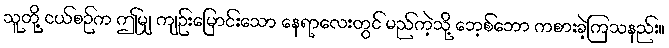
သူတို့ ငယ်စဉ်က ဤမျှ ကျဉ်းမြောင်းသော နေရာလေးတွင် မည်ကဲ့သို့ ဘေ့စ်ဘော ကစားခဲ့ကြသနည်း။